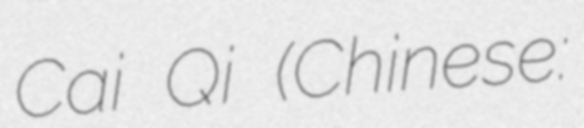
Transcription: Cai Qi (Chinese: